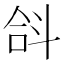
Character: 𣁴